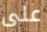
على